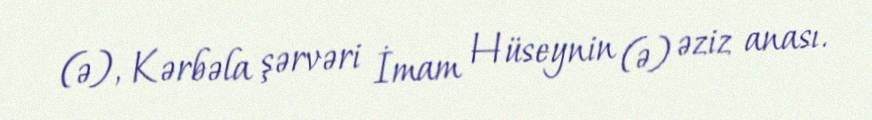
(ə), Kərbəla şərvəri İmam Hüseynin (ə) əziz anası.